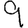
Digit: 9